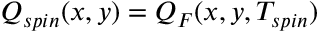
Q _ { s p i n } ( x , y ) = Q _ { F } ( x , y , T _ { s p i n } )